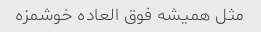
مثل همیشه فوق العاده خوشمزه